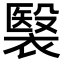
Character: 𧜤